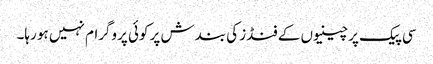
سی پیک پر چینیوں کے فنڈز کی بندش پر کوئی پروگرام نہیں ہو رہا۔